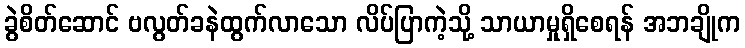
ခွဲစိတ်ဆောင် ဗလွတ်ခနဲထွက်လာသော လိပ်ပြာကဲ့သို့ သာယာမှုရှိစေရန် အဘချိုက